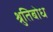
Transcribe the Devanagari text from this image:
श्रुतिबोध